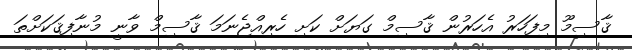
ޤާސިމޫ މިފަހަރު އެހަރުން ޤާސިމް ގަޔަށް ކަށި ހެރިއްޖެނަމަ ޤާސިމް ވާނީ މުނާފިޤަކަށްތަ